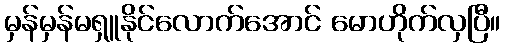
မှန်မှန်မရှူနိုင်လောက်အောင် မောဟိုက်လှပြီ။